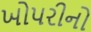
ખોપરીનો